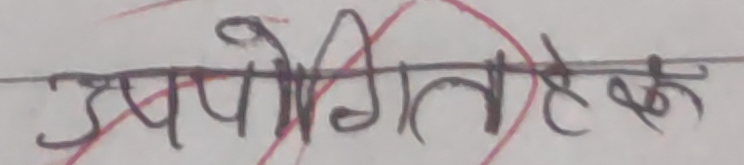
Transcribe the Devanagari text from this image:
उपयोगिता के